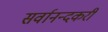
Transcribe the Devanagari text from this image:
सर्वानन्दकरी